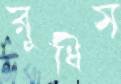
রুধিস